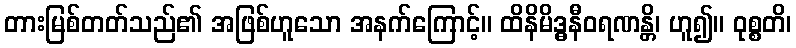
တားမြစ်တတ်သည်၏ အဖြစ်ဟူသော အနက်ကြောင့်။ ထိနိမိဒ္ဓနီဝရဏန္တိ၊ ဟူ၍။ ဝုစ္စတိ၊